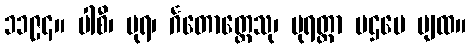
၁၁၉၄။ ပါစီ၊ ပုရ၊ င်္ဂတောတ္ထေသု၊ ပုရတ္ထာ ပဌမေ ပျထ။